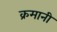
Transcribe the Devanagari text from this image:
क्रमानी